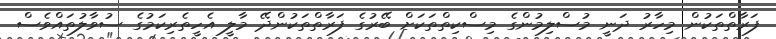
ފަރާތްތަކުން މިހާރު ދަނީ މުސްލިމުންގެ މިސްކިތްތަކަށް ބޭރުގެ ފަރާތްތަކުންދޭ މާލީ އެހީތެރިކަމުގެ ސުވާލުތައްވެސް